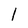
Character: l